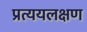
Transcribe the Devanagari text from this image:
प्रत्ययलक्षण